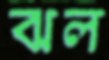
ঝল